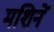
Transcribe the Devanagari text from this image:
मशिनें